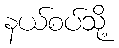
နယ်စပ်သို့